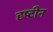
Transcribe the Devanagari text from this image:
दृष्टीन